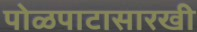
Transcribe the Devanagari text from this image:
पोळपाटासारखी